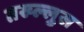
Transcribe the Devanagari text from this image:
तख्ल्लुस